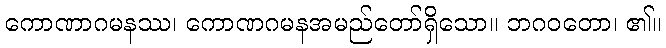
ကောဏာဂမနဿ၊ ကောဏဂမနအမည်တော်ရှိသော။ ဘဂဝတော၊ ၏။